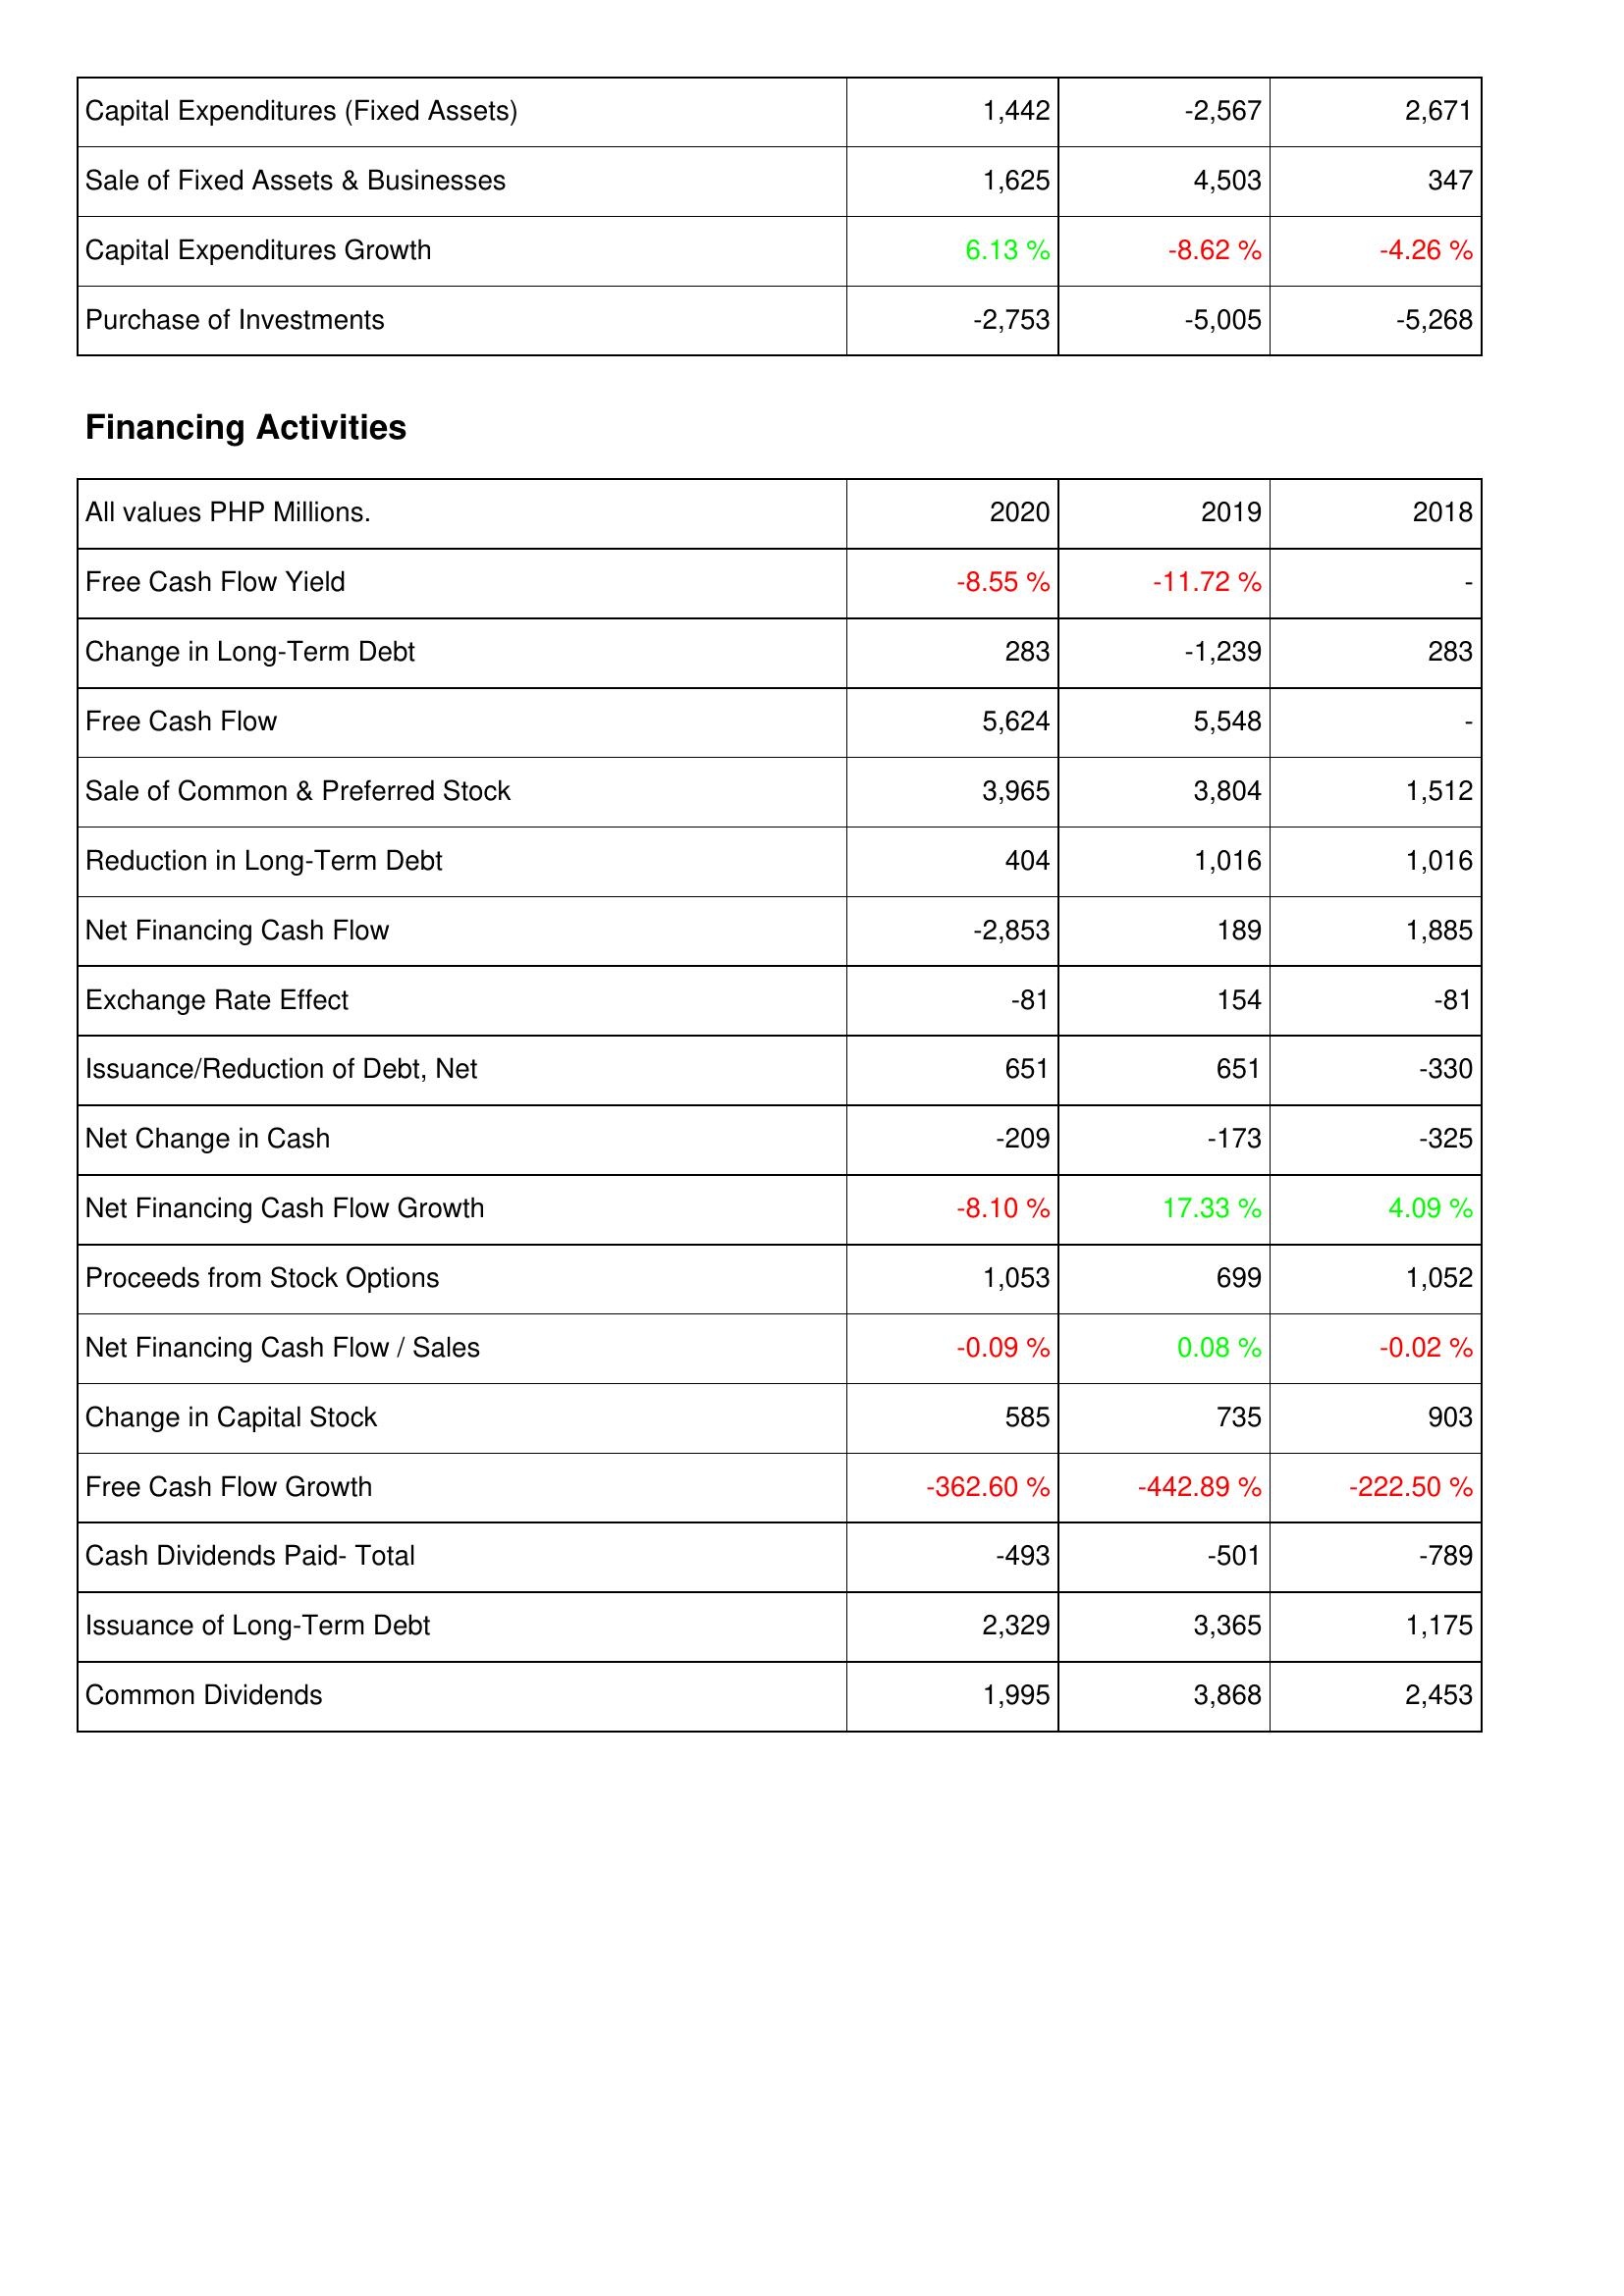
2020: Investing Activities: Capital Expenditures (Fixed Assets): 1,442
Sale of Fixed Assets & Businesses: 1,625
Capital Expenditures Growth: 6.13 %
Purchase of Investments: -2,753
Financing Activities: Free Cash Flow Yield: -8.55 %
Change in Long-Term Debt: 283
Free Cash Flow: 5,624
Sale of Common & Preferred Stock: 3,965
Reduction in Long-Term Debt: 404
Net Financing Cash Flow: -2,853
Exchange Rate Effect: -81
Issuance/Reduction of Debt, Net: 651
Net Change in Cash: -209
Net Financing Cash Flow Growth: -8.10 %
Proceeds from Stock Options: 1,053
Net Financing Cash Flow / Sales: -0.09 %
Change in Capital Stock: 585
Free Cash Flow Growth: -362.60 %
Cash Dividends Paid- Total: -493
Issuance of Long-Term Debt: 2,329
Common Dividends: 1,995
2019: Investing Activities: Capital Expenditures (Fixed Assets): -2,567
Sale of Fixed Assets & Businesses: 4,503
Capital Expenditures Growth: -8.62 %
Purchase of Investments: -5,005
Financing Activities: Free Cash Flow Yield: -11.72 %
Change in Long-Term Debt: -1,239
Free Cash Flow: 5,548
Sale of Common & Preferred Stock: 3,804
Reduction in Long-Term Debt: 1,016
Net Financing Cash Flow: 189
Exchange Rate Effect: 154
Issuance/Reduction of Debt, Net: 651
Net Change in Cash: -173
Net Financing Cash Flow Growth: 17.33 %
Proceeds from Stock Options: 699
Net Financing Cash Flow / Sales: 0.08 %
Change in Capital Stock: 735
Free Cash Flow Growth: -442.89 %
Cash Dividends Paid- Total: -501
Issuance of Long-Term Debt: 3,365
Common Dividends: 3,868
2018: Investing Activities: Capital Expenditures (Fixed Assets): 2,671
Sale of Fixed Assets & Businesses: 347
Capital Expenditures Growth: -4.26 %
Purchase of Investments: -5,268
Financing Activities: Free Cash Flow Yield: -
Change in Long-Term Debt: 283
Free Cash Flow: -
Sale of Common & Preferred Stock: 1,512
Reduction in Long-Term Debt: 1,016
Net Financing Cash Flow: 1,885
Exchange Rate Effect: -81
Issuance/Reduction of Debt, Net: -330
Net Change in Cash: -325
Net Financing Cash Flow Growth: 4.09 %
Proceeds from Stock Options: 1,052
Net Financing Cash Flow / Sales: -0.02 %
Change in Capital Stock: 903
Free Cash Flow Growth: -222.50 %
Cash Dividends Paid- Total: -789
Issuance of Long-Term Debt: 1,175
Common Dividends: 2,453